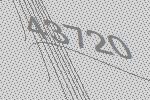
43720